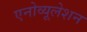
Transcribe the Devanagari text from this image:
एनोव्यूलेशन